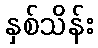
နှစ်သိန်း